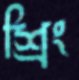
শ্রিং